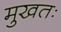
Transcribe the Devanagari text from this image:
मुखतः